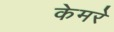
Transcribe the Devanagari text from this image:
केमरे